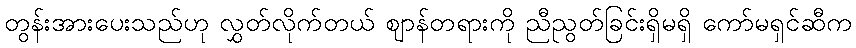
တွန်းအားပေးသည်ဟု လွှတ်လိုက်တယ် ဈာန်တရားကို ညီညွတ်ခြင်းရှိမရှိ ကော်မရှင်ဆီက